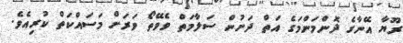
ރޫޔާ އޭނާގެ ދޮންމަންމަގެ އަތް ދަށުން ސަލާމަތް ވެވޭތޯ ވަރަށް މަސައްކަތް ކުރިއެވެ.